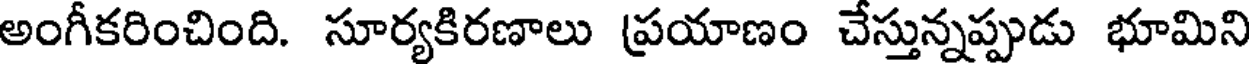
అంగీకరించింది. సూర్యకిరణాలు ప్రయాణం చేస్తున్నప్పుడు భూమిని